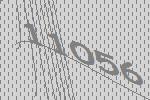
11056